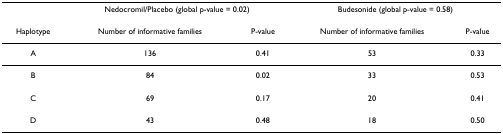
<table><thead><tr><td>[EMPTY_CELL]</td><td colspan="2"><b>Nedocromil/Placebo (global p-value = 0.02)</b></td><td colspan="2"><b>Budesonide (global p-value = 0.58)</b></td></tr></thead><tbody><tr><td>Haplotype</td><td>Number of informative families</td><td>P-value</td><td>Number of informative families</td><td>P-value</td></tr><tr><td>A</td><td>136</td><td>0.41</td><td>53</td><td>0.33</td></tr><tr><td>B</td><td>84</td><td>0.02</td><td>33</td><td>0.53</td></tr><tr><td>C</td><td>69</td><td>0.17</td><td>20</td><td>0.41</td></tr><tr><td>D</td><td>43</td><td>0.48</td><td>18</td><td>0.50</td></tr></tbody></table>